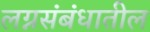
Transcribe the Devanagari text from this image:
लग्नसंबंधातील